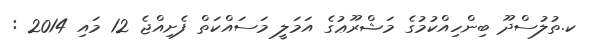
ކ.ތުލުސްދޫ ބިންހިއްކުމުގެ މަޝްރޫޢުގެ އަމަލީ މަސައްކަތް ފެށިއްޖެ 12 މައި 2014 :